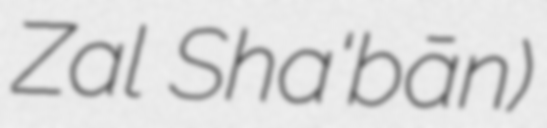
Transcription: Z̄al Sha‘bān)